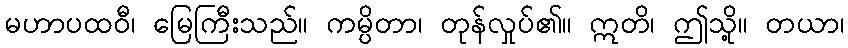
မဟာပထဝီ၊ မြေကြီးသည်။ ကမ္ပိတာ၊ တုန်လှုပ်၏။ ဣတိ၊ ဤသို့။ တယာ၊